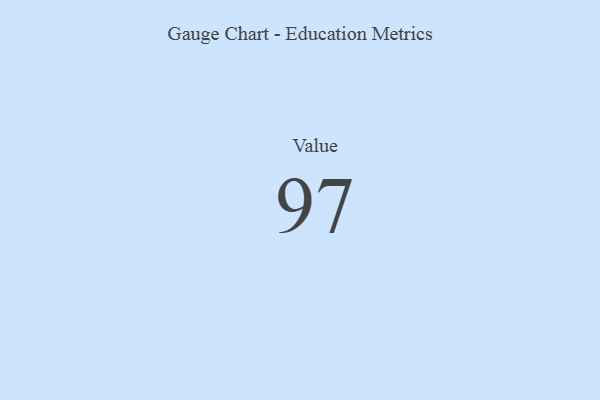
{"axis": {"x": "Metric", "y": "Value"}, "legend": [""], "data": [{"x": "Value", "y": 97, "type": ""}]}